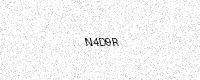
Text: N4D9R